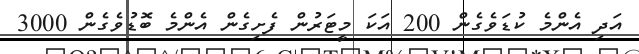
އަދި އެންމެ ކުޑަވެގެން 200 އަކަ މީޓަރުން ފެށިގެން އެންމެ ބޮޑުވެގެން 3000